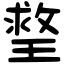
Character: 𤨣